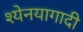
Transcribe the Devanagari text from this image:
श्येनयागादी